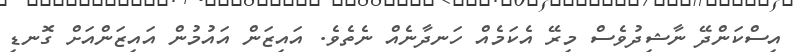
އިސްކަންދޭ ނާޝިދުވެސް މިރޭ އެކަމެއް ހަނދާނެއް ނެތެވެ. އައިޒަން އައުމުން އައިޒަންއަށް ގޮނޑި